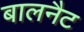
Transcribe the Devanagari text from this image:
बालनैट